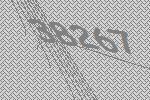
38267